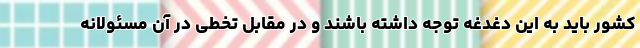
کشور باید به این دغدغه توجه داشته باشند و در مقابل تخطی در آن مسئولانه